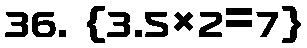
36. {3.5×2=7}